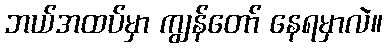
ဘယ်အထပ်မှာ ကျွန်တော် နေရမှာလဲ။